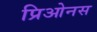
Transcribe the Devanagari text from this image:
प्रिओनस